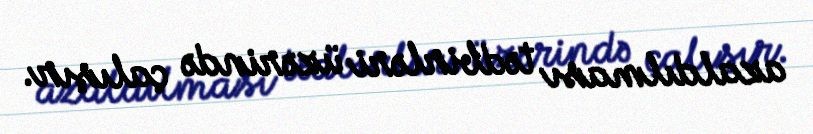
azaldılması tədbirləri üzərində çalışır.